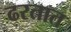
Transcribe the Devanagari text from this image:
ढरतात